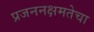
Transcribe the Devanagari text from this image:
प्रजननक्षमतेचा